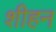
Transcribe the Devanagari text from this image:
शीहन